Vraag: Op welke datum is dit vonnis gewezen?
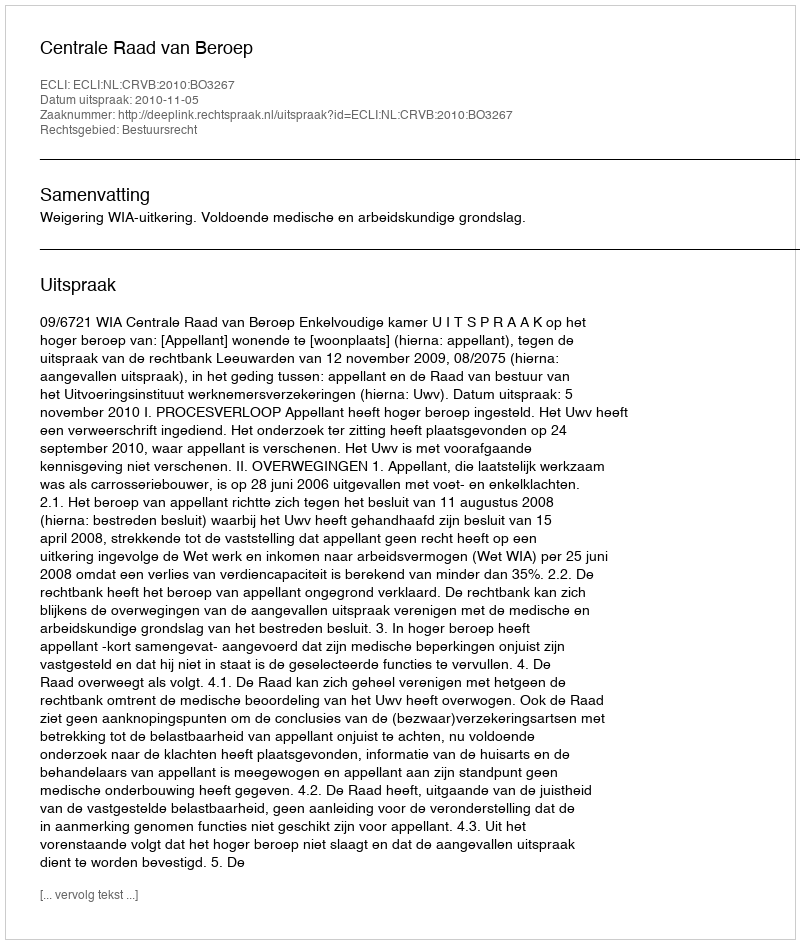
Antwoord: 2010-11-05